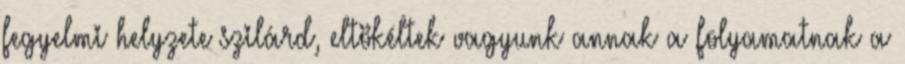
fegyelmi helyzete szilárd, eltökéltek vagyunk annak a folyamatnak a